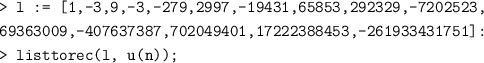
LaTeX: \begin{align*} &\texttt{> l := [1,-3,9,-3,-279,2997,-19431,65853,292329,-7202523,} \\ & \texttt{69363009,-407637387,702049401,17222388453,-261933431751]:}\\ &\texttt{> listtorec(l, u(n));}\end{align*}